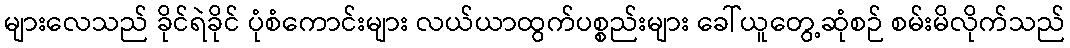
များလေသည် ခိုင်ရဲခိုင် ပုံစံကောင်းများ လယ်ယာထွက်ပစ္စည်းများ ခေါ်ယူတွေ့ဆုံစဉ် စမ်းမိလိုက်သည်